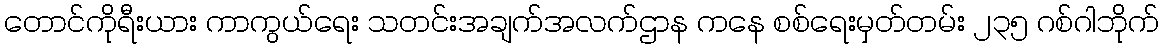
တောင်ကိုရီးယား ကာကွယ်ရေး သတင်းအချက်အလက်ဌာန ကနေ စစ်ရေးမှတ်တမ်း ၂၃၅ ဂစ်ဂါဘိုက်